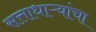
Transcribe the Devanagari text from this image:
सत्ताधाऱ्यांचा